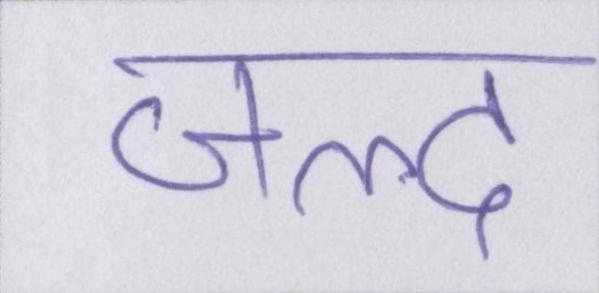
जल्द